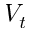
V _ { t }